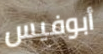
أبوفيس